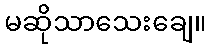
မဆိုသာသေးချေ။